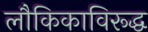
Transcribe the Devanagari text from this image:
लौकिकाविरूद्ध